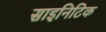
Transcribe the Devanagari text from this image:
साइनिटिक